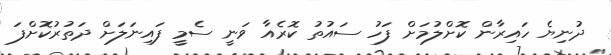
ދުނިޔެ ހައިރާން ކޮށްލުމަށް ފަހު ސައުތު ކޮރެއާ ވަނީ ސެމީ ފައިނަލަށް ދަތުރުކޮށްފަ